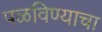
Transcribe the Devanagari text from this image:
पळविण्याचा